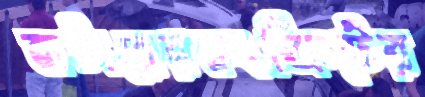
বাটারেরকংক্রিটের